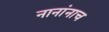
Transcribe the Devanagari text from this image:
नानांनाच